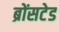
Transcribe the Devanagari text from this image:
ब्रोंसटेड